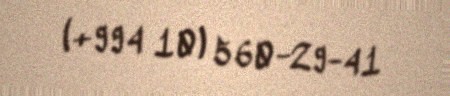
(+994 10) 560-29-41